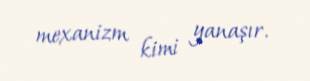
mexanizm kimi yanaşır.